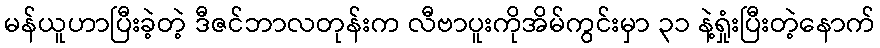
မန်ယူဟာပြီးခဲ့တဲ့ ဒီဇင်ဘာလတုန်းက လီဗာပူးကိုအိမ်ကွင်းမှာ ၃၁ နဲ့ရှုံးပြီးတဲ့နောက်